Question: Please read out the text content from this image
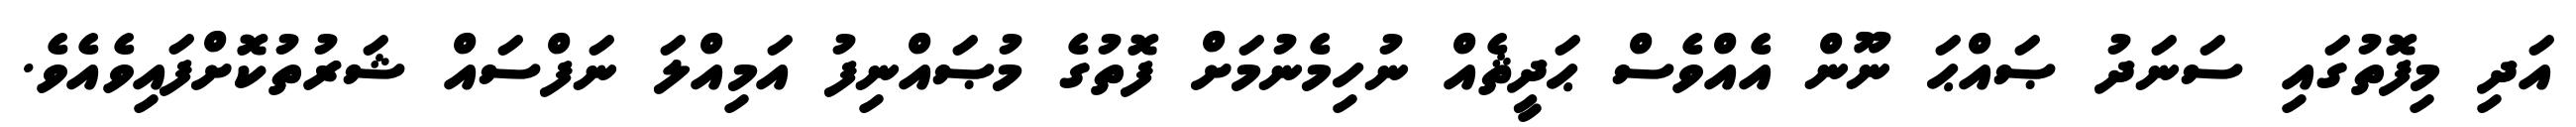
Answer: އަދި މިފޮތުގައި ސަނަދު ޞައްޙަ ނޫން އެއްވެސް ޙަދީޘެއް ނުހިމެނުމަށް ފޮތުގެ މުޞައްނިފު އަމިއްލަ ނަފްސައް ޝަރުތުކޮށްފައިވެއެވެ.